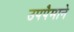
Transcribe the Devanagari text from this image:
उपपैमाने